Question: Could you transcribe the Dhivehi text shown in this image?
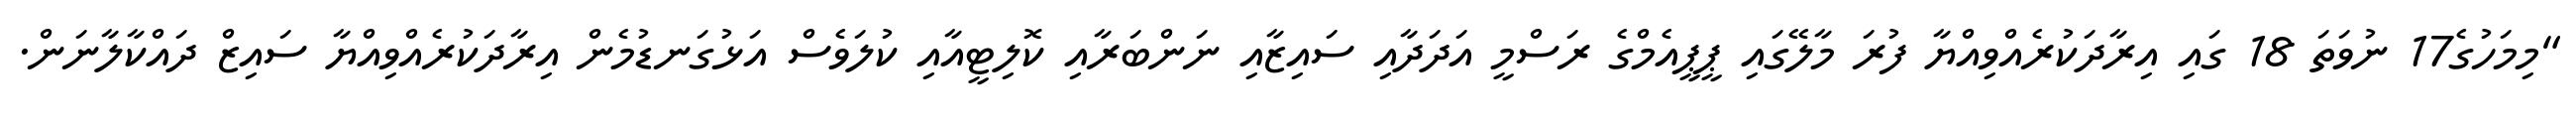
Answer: "މިމަހުގެ17 ނުވަތަ 18 ގައި އިރާދަކުރެއްވިއްޔާ ފުރަ މާލޭގައި ޕީޕީއެމްގެ ރަސްމީ އަދަދާއި ސައިޒާއި ނަންބަރާއި ކޮލިޓީއާއި ކުލަވެސް އަޅުގަނޑުމެން އިރާދަކުރެއްވިއްޔާ ސައިޒް ދައްކާލާނަން.